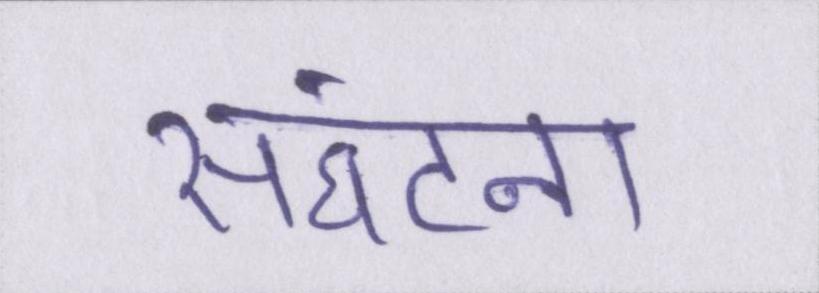
संघटना